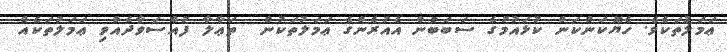
ޢަމަލުތަކެވެ. ހެޔޮކަންކަން ކުޅައުމުގެ ސަބަބުން އެއުރެންގެ ޢަމަލުތަކުން  ތަޢާލާ ފުއްސަވާދެއްވި ޢަމަލުތަކެއް